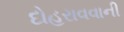
દોહરાવવાની